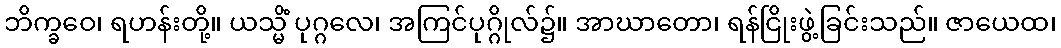
ဘိက္ခဝေ၊ ရဟန်းတို့။ ယသ္မိံ ပုဂ္ဂလေ၊ အကြင်ပုဂ္ဂိုလ်၌။ အာဃာတော၊ ရန်ငြိုးဖွဲ့ခြင်းသည်။ ဇာယေထ၊